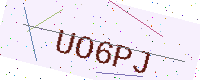
Text: UO6PJ